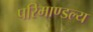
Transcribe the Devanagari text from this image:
परिमाण्डल्य